Medical and sanitary report of the native army of Bengal for the year
Year: 1877
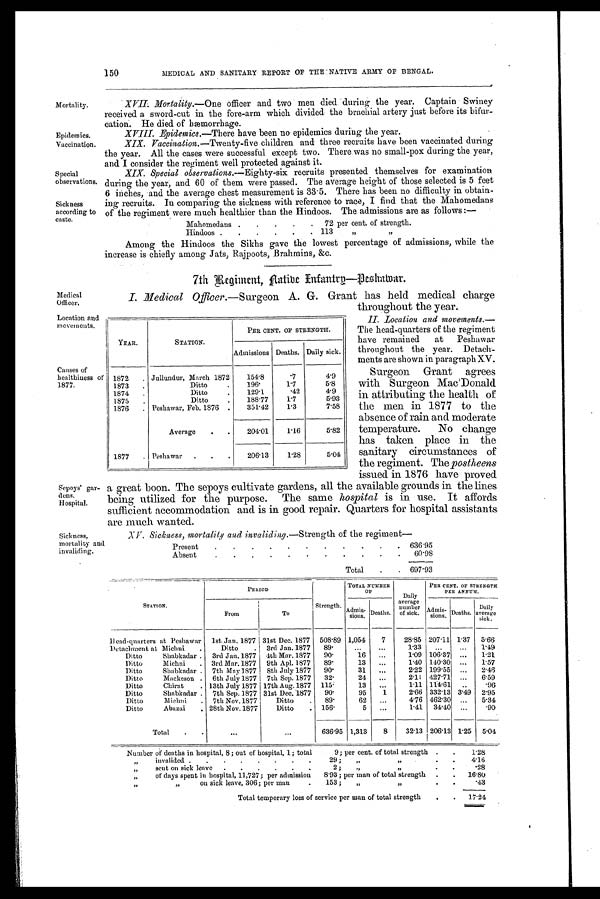
Medical Officer.
Location and
movements.
Sepoys' gar-
dens.
Hospital.
Causes of
healthiness of
1877.
150
MEDICAL AND SANITARY REPORT OF THE NATIVE ARMY OF BENGAL.
Mortality.
Epidemics.
Vaccination.
Special
observations.
Sickness
according to
caste.
XVIL Mortality. —One officer and two men died during the year. Captain Swiney
received a sword-cut in the fore-arm which divided the brachial artery just before its bifur-
cation. He died of hæmorrhage.
XVIII.
Epidemics.—There have been no epidemics during the year.
XIX. Vaccination.— Twenty-five children and three recruits have been vaccinated during
the year. All the cases were successful except two. There was no small-pox during the year,
and I consider the regiment well protected against it.
XIX. Special observations.— Eighty-six recruits presented themselves for examination
during the year; and 60 of them were passed. The average height of those selected is 5 feet
6 inches, and the average chest measurement is 33 . 5. There has been no difficulty in obtain-
ing recruits. In comparing the sickness with reference to race, I find that the Mahomedans
of the regiment were healthier
than the Hindoos. The admissions are as follows:—
Mahomedans
.
72 per cent. of strength.
Hindoos
.
.
.
113
”
”
Among the Hindoos the Sikhs gave the lowest percentage of admissions, while the
increase is chiefly among Jats, Raipoots, Brahmins, &c.
7th Regiment, Aatibe Infantry-Peshawar.
I. Medical Officer.—Surgeon A. G. Grant has held medical charge
throughout the year.
II.Location and movements.
— T h e h e a d - q u a r t e r s o f t h e r e g i m e n t
have remained at Peshawar
throughout the year. Detach-
ments are shown in paragraph XV.
Surgeon Grant agrees
with Surgeon Mac Donald
in attributing the health of
the men in 1877 to the
absence of rain and moderate
temperature. No change
has taken place in the
sanitary circumstances of
the regiment. The postheens
issued in 1876 have proved
a great boon. The sepoys cultivate gardens, all the available grounds in the lines
being utilized for the purpose. The same hospital is in use. It affords
sufficient accommodation and is in good repair. Quarters for hospital assistants
are much wanted.
YEAR.
STATION.
PER CENT. OF STRENGTH.
Admissions Deaths. Daily sick.
1872
. Jullundur, March 1872
154.8
. 7
4.9
1873
.
Ditto
.
196.
1.7
5.8
1874
.
Ditto
.
129.1
. 4 2
4.9
1875
.
Ditto
.
188.77
1.7
5.93
1876
. Peshawar, Feb. 1876 .
351.42
1.3
7.58
Average
.
.
204.01
1.16
5.82
1877
. Peshawar
.
.
.
206.13
1.28
5.04
Sickness,
mortality and
invaliding.
XV. Suckness, mortality and invaliding.—Strength of the regiment
—
Present
.
.
.
.
.
.
.
.
.
.
636.95
Absent
.
.
.
.
.
.
.
.
.
.
.
60.98
Total
.
.
697.93
STATION.
Head-quarters at Peshawar
PERIOD
Strength.
508.89
TOTAL NUMBER
O F
Daily
average
number
of sick.
28.85
PER CENT. OF STRENGTH
PER ANNUM.
Admis- sions.
207.11
Deaths.
1.37
Daily
average
sick.
5.66
From
1st Jan. 1877
To
31st Dec. 1877
Admis-
sions.
1,054
Deaths.
7
Detachment at Michni
.
Ditto
. 3rd Jan. 1877
89.
...
,..
1.33
...
...
1.49
Ditto
Shabkadar .
3rd Jan. 1877 4th Mar. 1877
90.
16
...
1.09 106.37 ...
1.21
Ditto
Michni
. 3rd Mar. 1877 9th Apl. 1877
89.
13
...
1.40 140.30 ...
1.57
Ditto
Shabkadar . 7th May 1877 8th July 1877
90.
31
...
2.22 199.55 ...
2.46
Ditto
Mackeson . 6th July 1877 7th Sep. 1877
32.
24
...
2.11 427.71 ...
6.59
Ditto
Chirat
. 13th July 1877 17th Aug.1877 115.
13
...
1.11 114.61
..
.96
Ditto
Shabkadar . 7th Sep. 1877 31st Dec. 1877
90.
95
1
2.66 332.13 3.49 2.95
Ditto
Michni
.
7th Nov. 1877
Ditto
89.
62
...
4.76 462.30 ...
5.34
Ditto
Abazai
28th Nov. 1877
Ditto
. 156.
5
. . .
1.41
34.40 ...
.90
Total
.
.
. . .
...
636.95 1,313
8
32.13 206.13 1.25 5.04
Number of deaths in hospital, 8 ; out of hospital, 1; total
9; per cent. of total strength .
.
1.28
„
invalided. .
.
.
.
.
.
29 ;
„
„
.
.
4.16
„
sent on sick leave
.
.
.
.
.
.
2 ;
„
„
.28
„
of days spent in hospital, 11,727; per admission
8.93; per man of total strength .
.
16.80
„ „
on sick leave, 306; per man
.
153 ;
„
„
.43
Total temporary loss of service per man of total strength
.
.
17.24